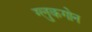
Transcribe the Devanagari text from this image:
ग्लुकगोन